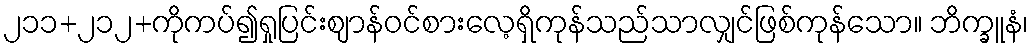
၂၁၁+၂၁၂+ကိုကပ်၍ရှုပြင်းဈာန်ဝင်စားလေ့ရှိကုန်သည်သာလျှင်ဖြစ်ကုန်သော။ ဘိက္ခူနံ၊